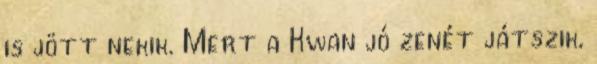
is jött nekik. Mert a Kwan jó zenét játszik,